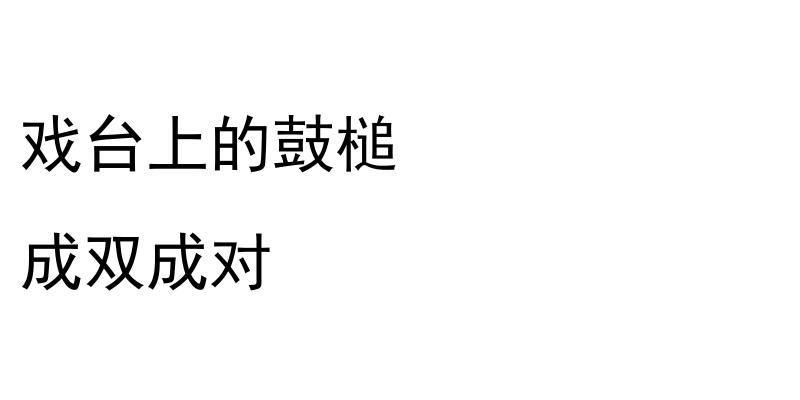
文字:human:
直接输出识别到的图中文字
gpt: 戏台上的鼓槌 成双成对